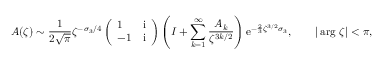
A ( \zeta ) \sim \frac { 1 } { 2 \sqrt { \pi } } \zeta ^ { - \sigma _ { 3 } / 4 } \left( \begin{array} { l l } { 1 } & { \mathrm { i } } \\ { - 1 } & { \mathrm { i } } \end{array} \right) \left( I + \sum _ { k = 1 } ^ { \infty } \frac { A _ { k } } { \zeta ^ { 3 k / 2 } } \right) \mathrm { e } ^ { - \frac { 2 } { 3 } \zeta ^ { 3 / 2 } \sigma _ { 3 } } , \qquad | \arg \, \zeta | < \pi ,